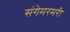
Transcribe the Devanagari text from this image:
संगेमरमरी